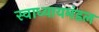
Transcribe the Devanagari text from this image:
स्वाध्यायमंडल